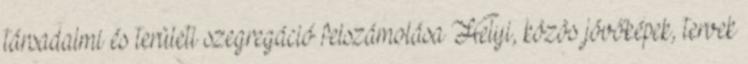
társadalmi és területi szegregáció felszámolása Helyi, közös jövőképek, tervek